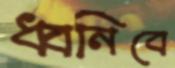
ধ্বনিবে